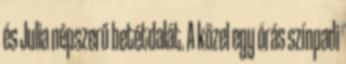
és Julia népszerű betétdalát. A közel egy órás színpadi